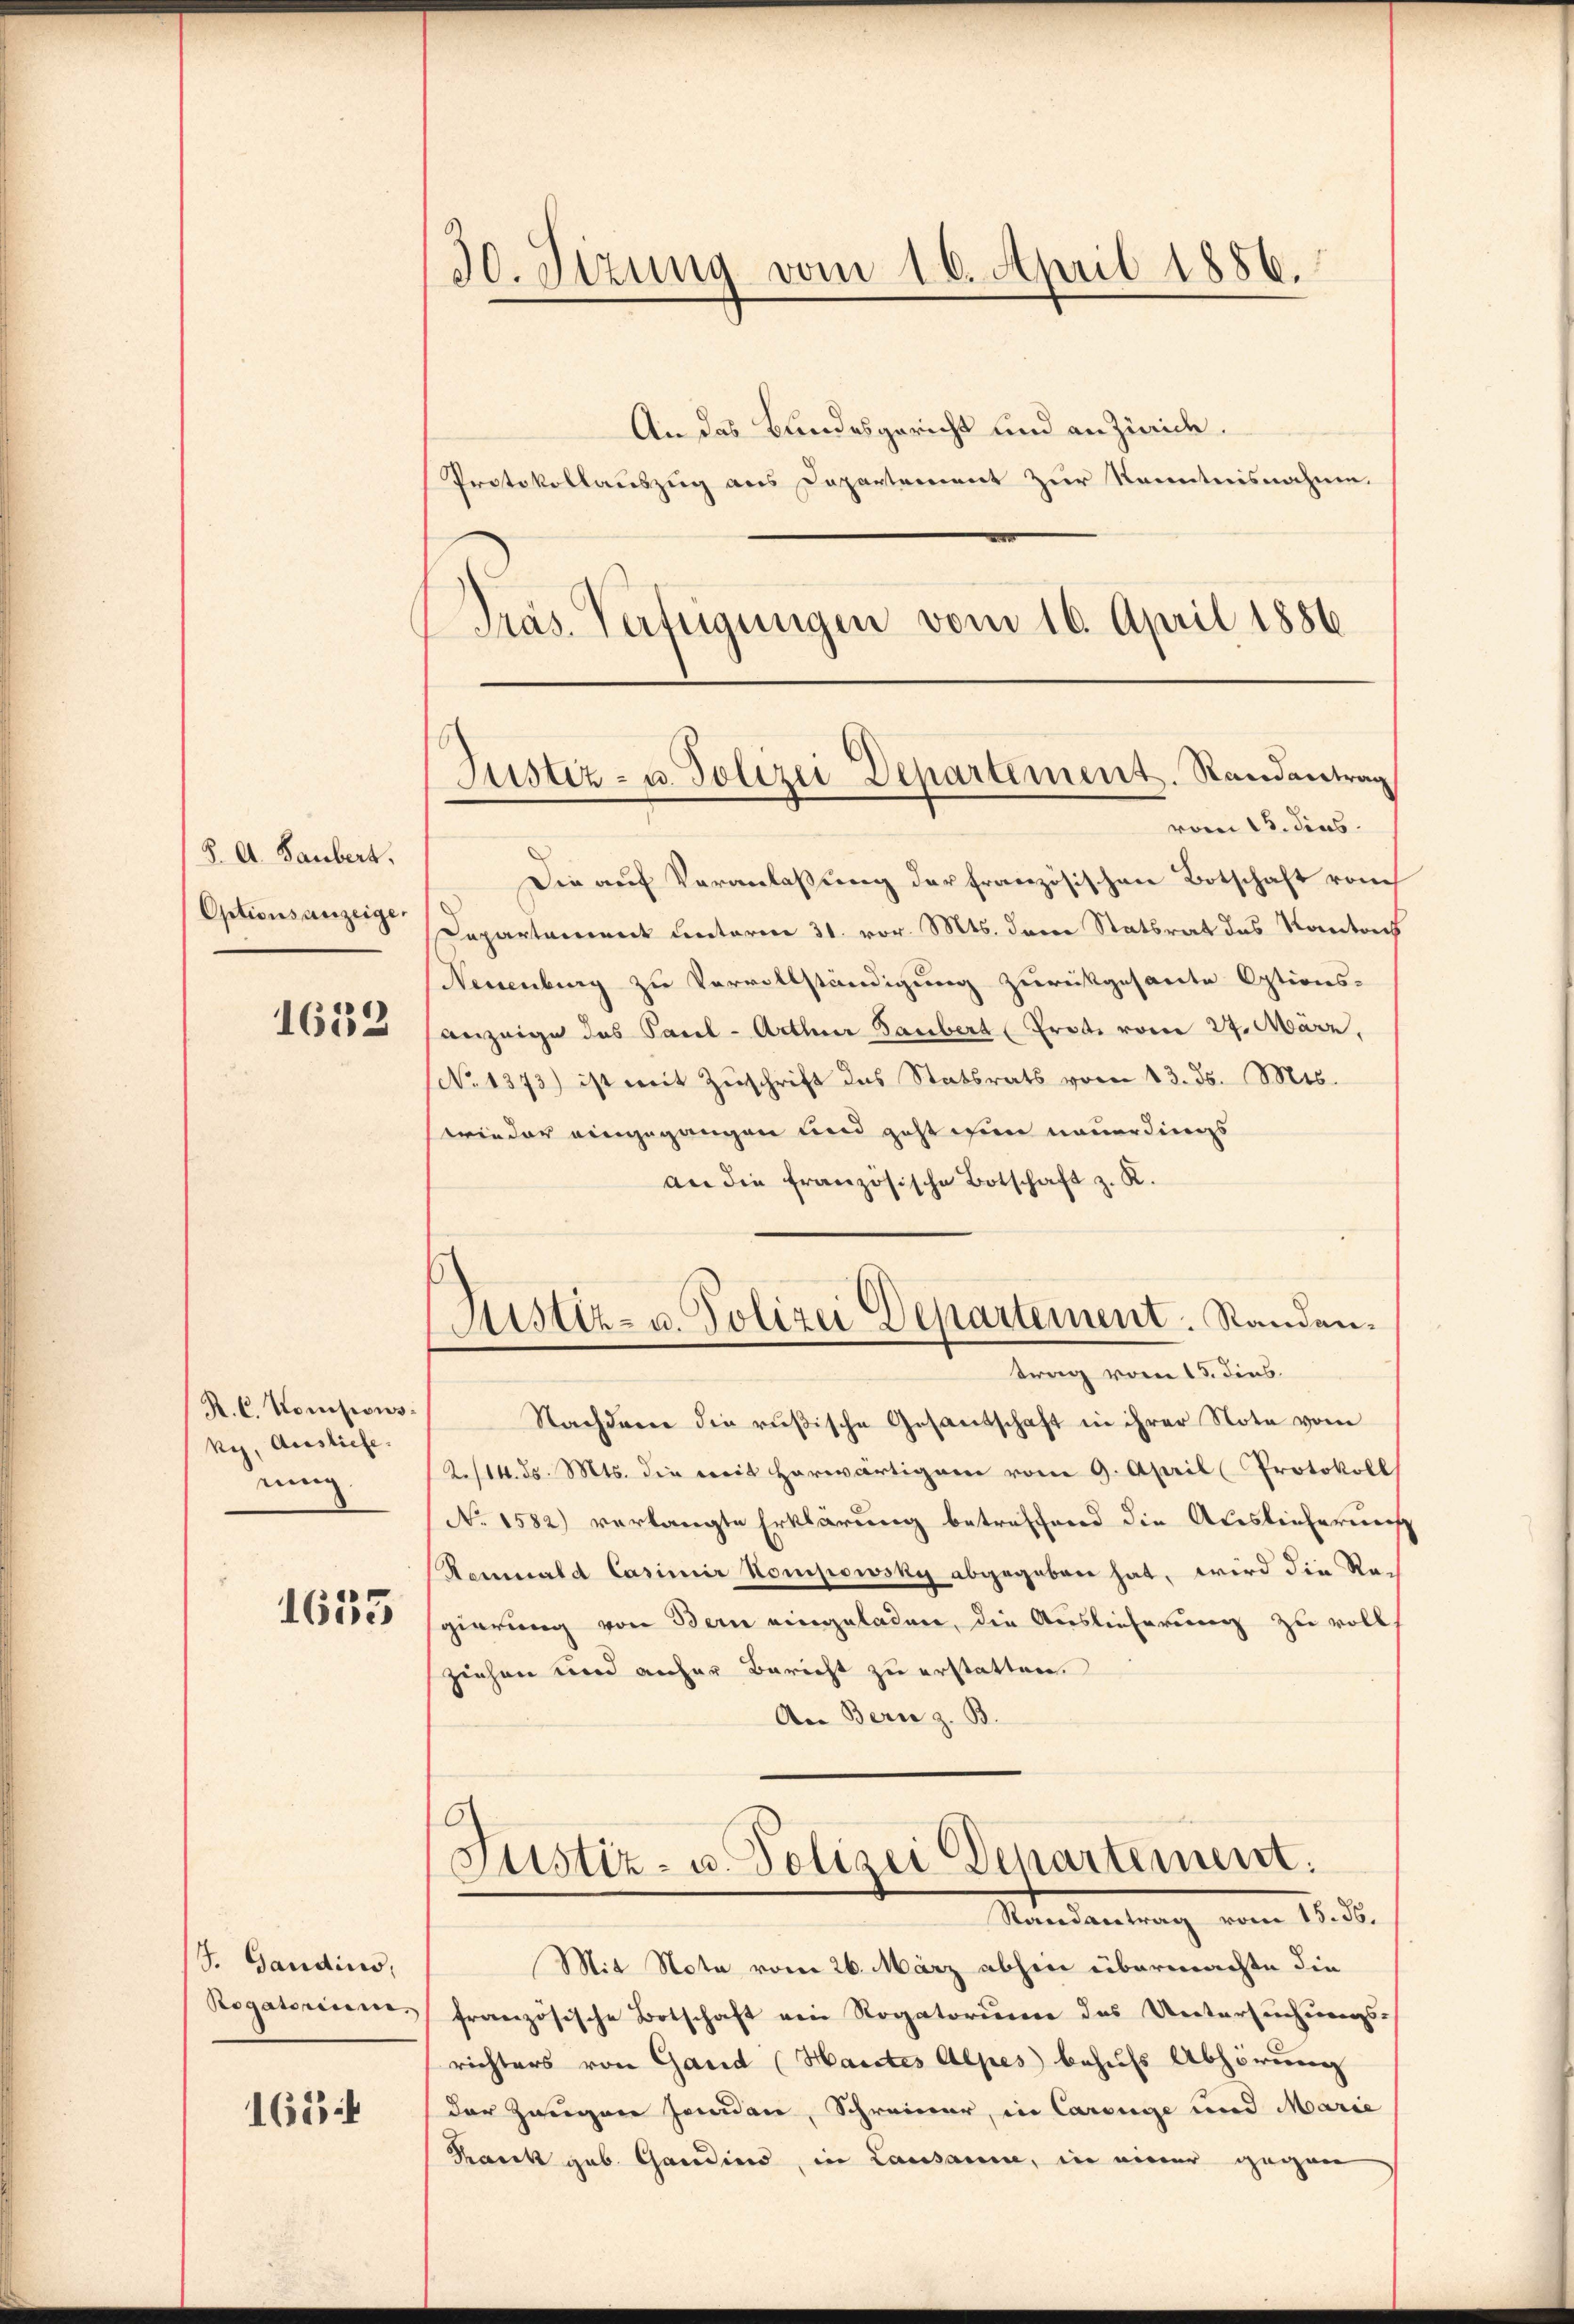
8. A. Laubert.
Optionsanzeige.

1632

R. C. Komponskes, Ausliefe.
nung

1655

J. Gaudius,
Rogatorium

1684

An das Bundesgericht und an Zürich.
Protokollauszug aus Departement zur Kenntnisnahme.
Präs. Verfügungen vom 16. April 1886

30. Sizung vom 16. April 1886.

Justiz- u. Polizei Departement. Randantrag

vom 15. dens.
Die auf Veranlaßung der französischen Botschaft vom
Dapartament unterm 31. vor. Mts. dere Statsrat das Kometrich
Neuenburg zu Vervollständigung zurückgesante Options-
anzeige das Paul -Arthur Taubert Prote vom 27. März,
(No 1373) ist mit Zŭschrift des Statsrats vom 13. ds. Mts.
wieder eingegangen und geht wenn neuerdings
an die französische Botschaft z. K.
trag vom 15. dens.
Nachdem die rußische Gesantschaft in ihrer Note vom
2./14. d. Mts. die weit herwärtigem vom 9. April Protokoll
No 1582) verlangte Erklärung betreffend die Auslieferung
Reminald Casimir Kompowsky abgegeben hat, wird die Regierung von Bern eingeladen, die Auslieferung zu volls
ziehen und anher Bericht zu erstatten.
Aer Bern z. B.
O
Justiz- u. Polizei Departement.
Sensartung vom 18. d.
Mit Nota vom 26. März abhin übermachte die
französische Botschaft ein Rogatorium das Untersuchungs-
richters von Gand (Haictes Alpes behufs Abhörung
der Zeugen senden, Schreiner, in Carouge und Marie
Kark geb. Gandins, in Lausamm, in einer gegen

Justiz- u. Polizei Departement. Randen.